Indian Civil Veterinary Department memoirs
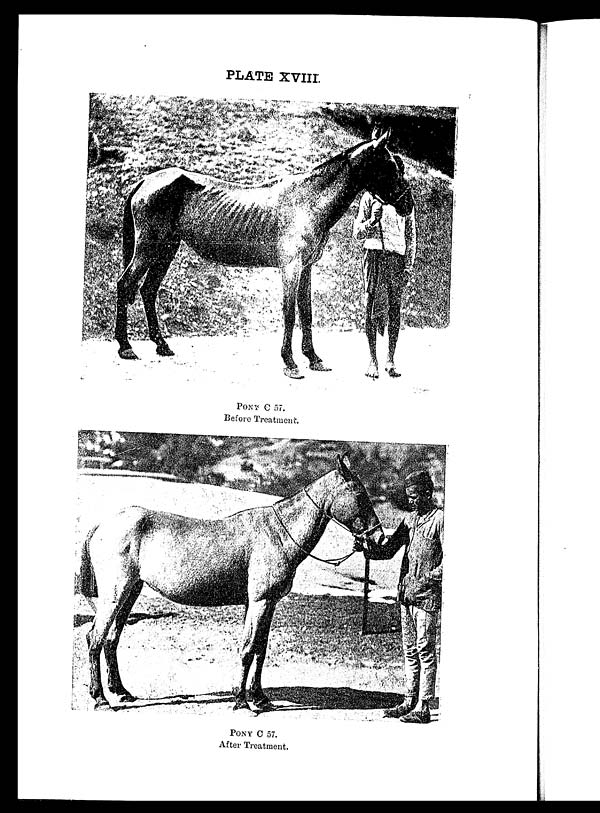
PLATE XVIII.
PONY C 57.
Before Treatment.
PONY C 57.
After Treatment.